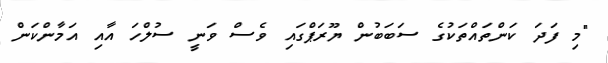
"މި ފަދަ ކަންތައްތަކުގެ ސަބަބުން ޔޫރަޕްގައި ވެސް ވަނީ ސުލްހަ އާއި އަމާންކަން